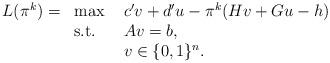
LaTeX: \begin{align*}\begin{array}{llll}L(\pi^k) = & \max \ & c' v + d'u - \pi^k(Hv + Gu - h) & \\& \mbox{s.t.} \ & Av = b, & \\&& v \in \{0,1\}^n. &\end{array}\end{align*}